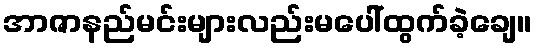
အာဇာနည်မင်းများလည်းမပေါ်ထွက်ခဲ့ချေ။